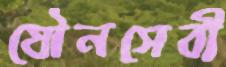
যৌনসেবী